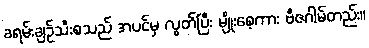
ခရမ်းချဉ်သီးစသည် အပင်မှ လွတ်ပြီး မျိုးစေ့ကား ဗီဇဂါမ်တည်း။